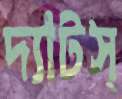
দ্যাটস্